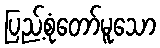
ပြည့်စုံတော်မူသော